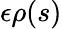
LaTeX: \epsilon\rho(s)